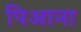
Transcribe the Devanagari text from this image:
पिआना